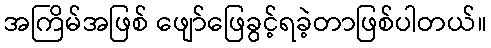
အကြိမ်အဖြစ် ဖျော်ဖြေခွင့်ရခဲ့တာဖြစ်ပါတယ်။